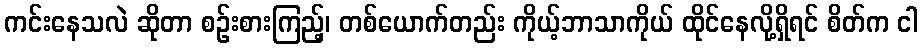
ကင်းနေသလဲ ဆိုတာ စဉ်းစားကြည့်၊ တစ်ယောက်တည်း ကိုယ့်ဘာသာကိုယ် ထိုင်နေလို့ရှိရင် စိတ်က ငါ